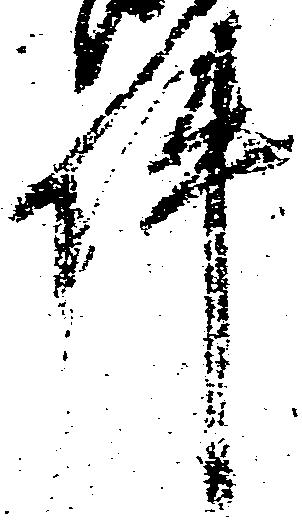
件